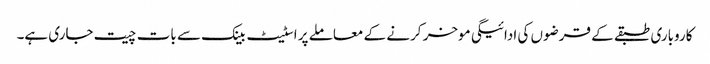
کاروباری طبقے کے قرضوں کی ادائیگی موخر کرنے کے معاملے پر اسٹیٹ بینک سے بات چیت جاری ہے۔